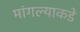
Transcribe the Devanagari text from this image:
मांगल्याकडे